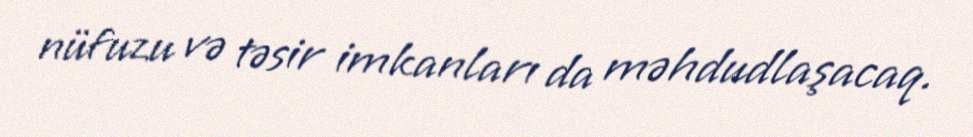
nüfuzu və təsir imkanları da məhdudlaşacaq.